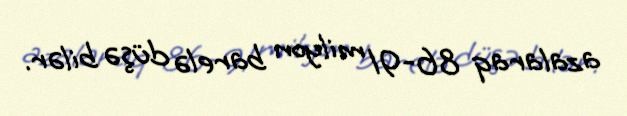
azalaraq 86-91 milyon barelə düşə bilər.